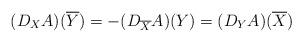
LaTeX: \begin{align*}(D_X{A})(\overline{Y})=-(D_{\overline{X}}A)(Y)=(D_Y{A})(\overline{X})\end{align*}